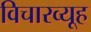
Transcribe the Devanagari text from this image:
विचारव्यूह